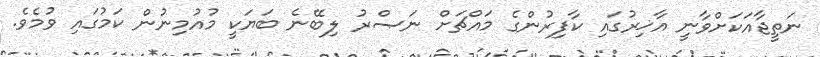
ނަތީޖާއަކަށްވާނީ އާޚިރުގައި ކާފިރުންގެ މައްޗަށް ނަޞްރު ލިބޭނެ ބަޔަކީ މުއުމިނުން ކަމުގައި ވުމެވެ.